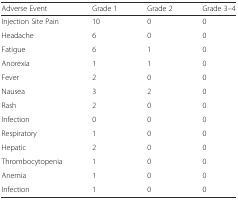
<table><thead><tr><td><b>Adverse Event</b></td><td><b>Grade 1</b></td><td><b>Grade 2</b></td><td><b>Grade 3–4</b></td></tr></thead><tbody><tr><td>Injection Site Pain</td><td>10</td><td>0</td><td>0</td></tr><tr><td>Headache</td><td>6</td><td>0</td><td>0</td></tr><tr><td>Fatigue</td><td>6</td><td>1</td><td>0</td></tr><tr><td>Anorexia</td><td>1</td><td>1</td><td>0</td></tr><tr><td>Fever</td><td>2</td><td>0</td><td>0</td></tr><tr><td>Nausea</td><td>3</td><td>2</td><td>0</td></tr><tr><td>Rash</td><td>2</td><td>0</td><td>0</td></tr><tr><td>Infection</td><td>0</td><td>0</td><td>0</td></tr><tr><td>Respiratory</td><td>1</td><td>0</td><td>0</td></tr><tr><td>Hepatic</td><td>2</td><td>0</td><td>0</td></tr><tr><td>Thrombocytopenia</td><td>1</td><td>0</td><td>0</td></tr><tr><td>Anemia</td><td>1</td><td>0</td><td>0</td></tr><tr><td>Infection</td><td>1</td><td>0</td><td>0</td></tr></tbody></table>